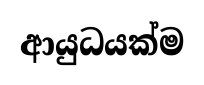
ආයුධයක්ම